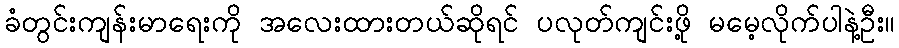
ခံတွင်းကျန်းမာရေးကို အလေးထားတယ်ဆိုရင် ပလုတ်ကျင်းဖို့ မမေ့လိုက်ပါနဲ့ဦး။